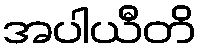
အပါယီတိ